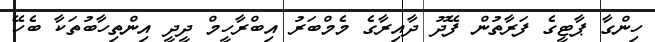
ހިންގާ ޕާޓީގެ ފަރާތުން ފޭދޫ ދާއިރާގެ މެމްބަރު އިބްރާހީމް ދީދީ އިންތިހާބުތަކާ ބެހޭ